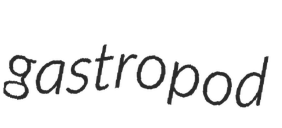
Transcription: gastropod